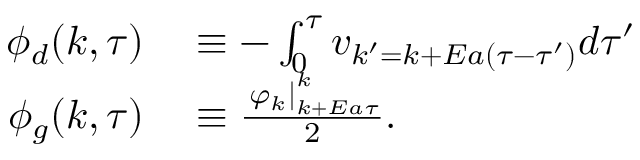
\begin{array} { r l } { \phi _ { d } ( k , \tau ) } & { { } \equiv - \int _ { 0 } ^ { \tau } v _ { k ^ { \prime } = k + E a ( \tau - \tau ^ { \prime } ) } d \tau ^ { \prime } } \\ { \phi _ { g } ( k , \tau ) } & { { } \equiv \frac { \left. \varphi _ { k } \right| _ { k + E a \tau } ^ { k } } { 2 } . } \end{array}